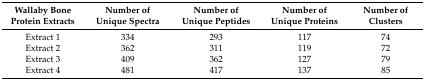
| Wallaby Bone Protein Extracts | Number of Unique Spectra | Number of Unique Peptides | Number of Unique Proteins | Number of Clusters |
 | --- | --- | --- | --- | --- |
 | Extract 1 | 334 | 293 | 117 | 74 |
 | Extract 2 | 362 | 311 | 119 | 72 |
 | Extract 3 | 409 | 362 | 127 | 79 |
 | Extract 4 | 481 | 417 | 137 | 85 |